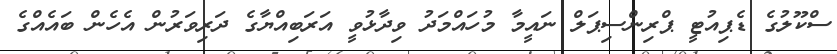
ސްކޫލުގެ ޑެޕިއުޓީ ޕްރިންސިޕަލް ނައީމާ މުހައްމަދު ވިދާޅުވީ އަރަބިއްޔާގެ ދަރިވަރުން އެހެން ބައެއްގެ